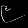
Digit: ၉